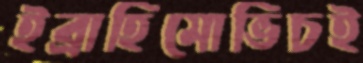
ইব্রাহিমোভিচই